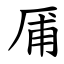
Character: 㕊